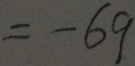
= - 6 9